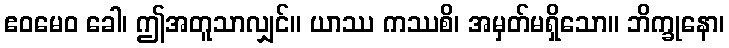
ဧဝမေဝ ခေါ၊ ဤအတူသာလျှင်။ ယာဿ ကဿစိ၊ အမှတ်မရှိသော။ ဘိက္ခုနော၊